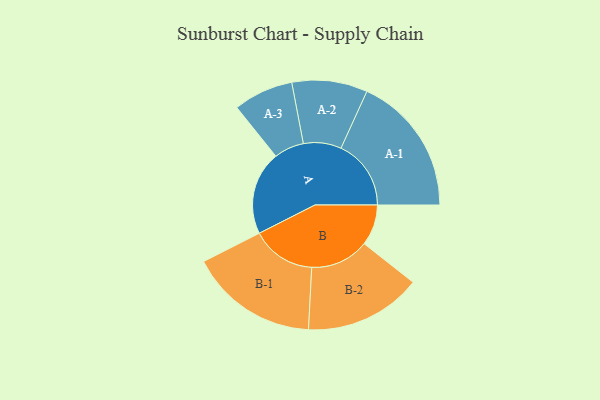
{"axis": {"x": "Segment", "y": "Value"}, "legend": ["", "A", "B"], "data": [{"x": "A", "y": 321, "type": ""}, {"x": "B", "y": 157, "type": ""}, {"x": "A-1", "y": 269, "type": "A"}, {"x": "A-2", "y": 145, "type": "A"}, {"x": "A-3", "y": 115, "type": "A"}, {"x": "B-1", "y": 247, "type": "B"}, {"x": "B-2", "y": 225, "type": "B"}]}